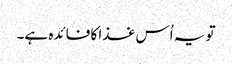
تو یہ اُس غذا کا فائدہ ہے۔